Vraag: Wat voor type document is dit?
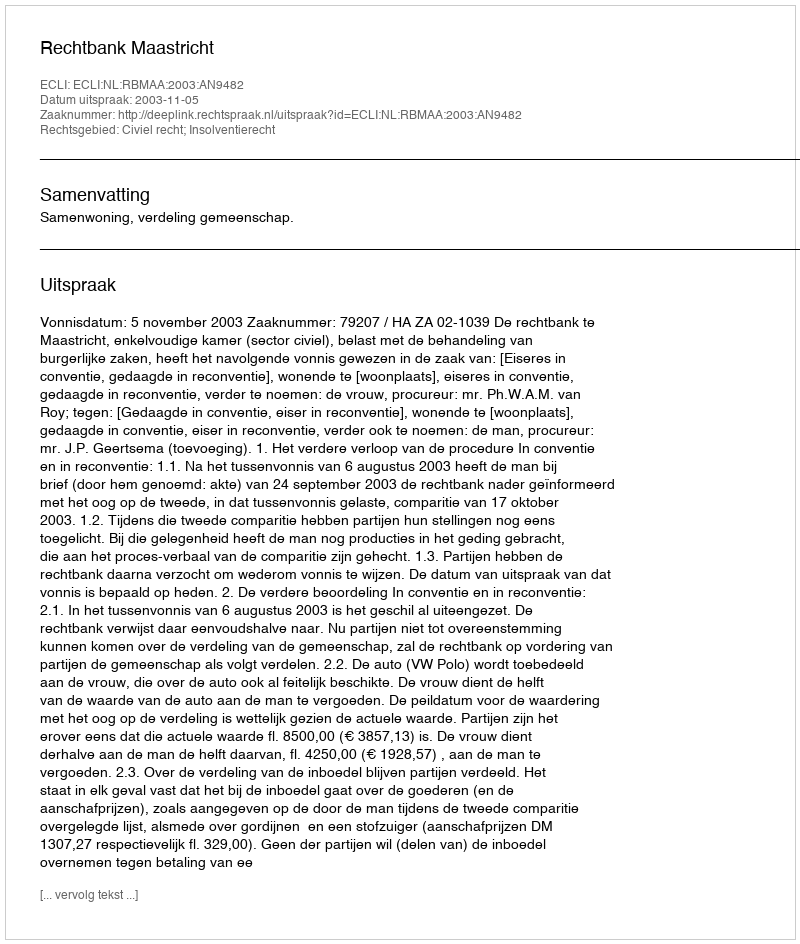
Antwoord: Uitspraak